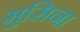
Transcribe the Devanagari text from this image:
मुसिना